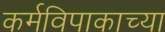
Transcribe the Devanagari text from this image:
कर्मविपाकाच्या